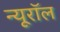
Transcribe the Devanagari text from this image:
न्यूरॉल